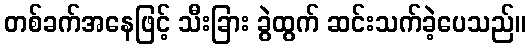
တစ်ခက်အနေဖြင့် သီးခြား ခွဲထွက် ဆင်းသက်ခဲ့ပေသည်။